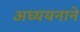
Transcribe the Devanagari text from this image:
अध्ययनाने